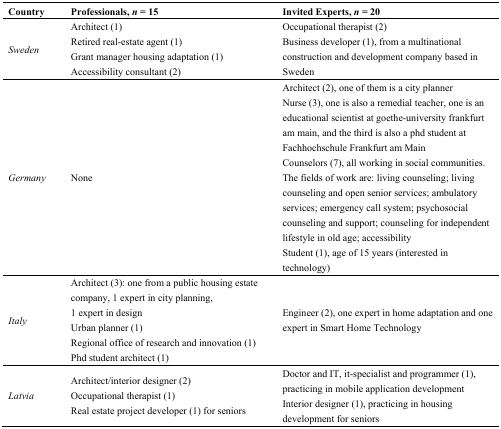
| Country | Professionals, n = 15 | Invited Experts, n = 20 |
 | --- | --- | --- |
 | Sweden | Architect (1) Retired real-estate agent (1) Grant manager housing adaptation (1) Accessibility consultant (2) | Occupational therapist (2) Business developer (1), from a multinational construction and development company based in Sweden |
 | Germany | None | Architect (2), one of them is a city planner Nurse (3), one is also a remedial teacher, one is an educational scientist at goethe-university frankfurt am main, and the third is also a phd student at Fachhochschule Frankfurt am Main Counselors (7), all working in social communities. The fields of work are: living counseling; living counseling and open senior services; ambulatory services; emergency call system; psychosocial counseling and support; counseling for independent lifestyle in old age; accessibility Student (1), age of 15 years (interested in technology) |
 | Italy | Architect (3): one from a public housing estate company, 1 expert in city planning, 1 expert in design Urban planner (1) Regional office of research and innovation (1) Phd student architect (1) | Engineer (2), one expert in home adaptation and one expert in Smart Home Technology |
 | Latvia | Architect/interior designer (2) Occupational therapist (1) Real estate project developer (1) for seniors | Doctor and IT, it-specialist and programmer (1), practicing in mobile application development Interior designer (1), practicing in housing development for seniors |